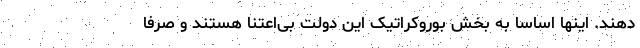
دهند. اینها اساسا به بخش بوروکراتیک این دولت بی‌اعتنا هستند و صرفا